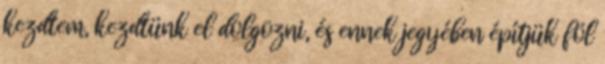
kezdtem, kezdtünk el dolgozni, és ennek jegyében építjük föl